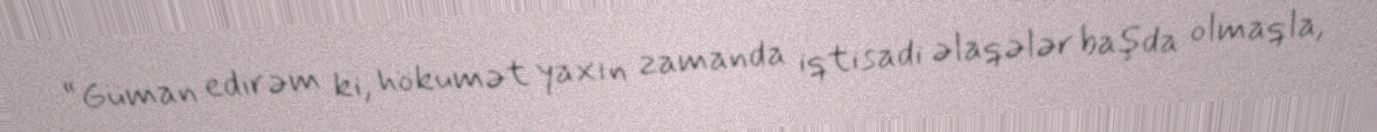
“Güman edirəm ki, hökumət yaxın zamanda iqtisadi əlaqələr başda olmaqla,